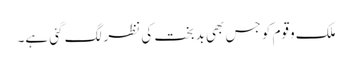
ملک وقوم کو جس بھی بدبخت کی نظر لگ گئی ہے۔